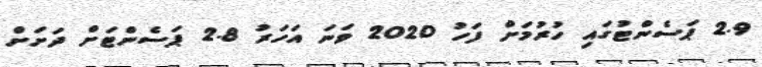
2.9 ޕަސެންޓުގައި ހުރުމަށް ފަހު 2020 ވަނަ އަހަރު 2.8 ޕަސެންޓަށް ދަށަށް